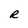
Character: R